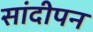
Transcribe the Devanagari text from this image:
सांदीपन